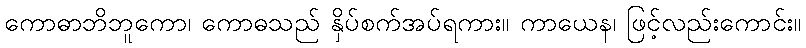
ကောဓာဘိဘူကော၊ ကောဓသည် နှိပ်စက်အပ်ရကား။ ကာယေန၊ ဖြင့်လည်းကောင်း။